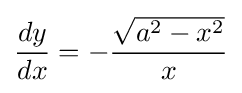
{\frac {dy}{dx}}=-{\frac {\sqrt {a^{2}-x^{2}}}{x}}